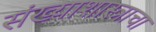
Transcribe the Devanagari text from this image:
संख्याशास्त्राचा